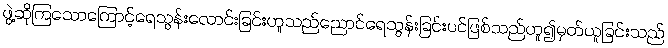
ဖွဲ့ဆိုကြသောကြောင့်ရေသွန်းလောင်းခြင်းဟူသည်ညောင်ရေသွန်းခြင်းပင်ဖြစ်သည်ဟူ၍မှတ်ယူခြင်းသည်